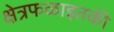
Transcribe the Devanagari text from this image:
क्षेत्रफळाइतकी